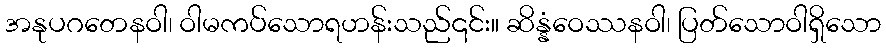
အနုပဂတေနဝါ၊ ဝါမကပ်သောရဟန်းသည်၎င်း။ ဆိန္နံဝေဿနဝါ၊ ပြတ်သောဝါရှိသော